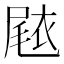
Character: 𭕧